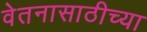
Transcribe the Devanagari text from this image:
वेतनासाठीच्या